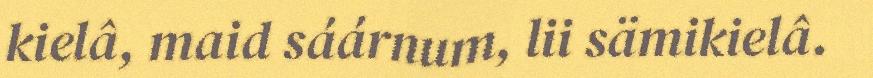
kielâ, maid sáárnum, lii sämikielâ.